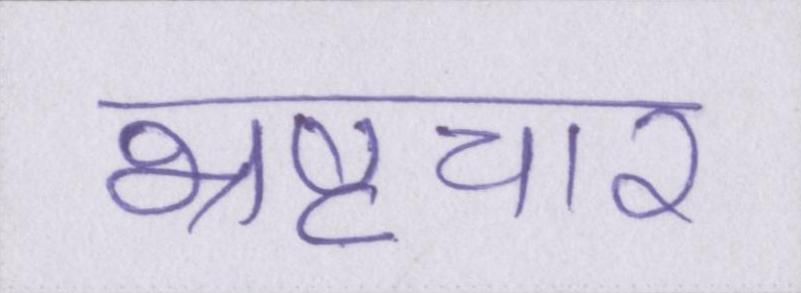
भ्रष्टचार